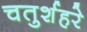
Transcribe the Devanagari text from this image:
चतुर्शहरे